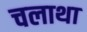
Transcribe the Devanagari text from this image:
चलाथा